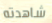
شاهدته